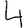
Digit: 4